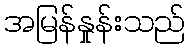
အမြန်နှုန်းသည်